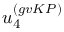
u _ { 4 } ^ { ( g v K P ) }